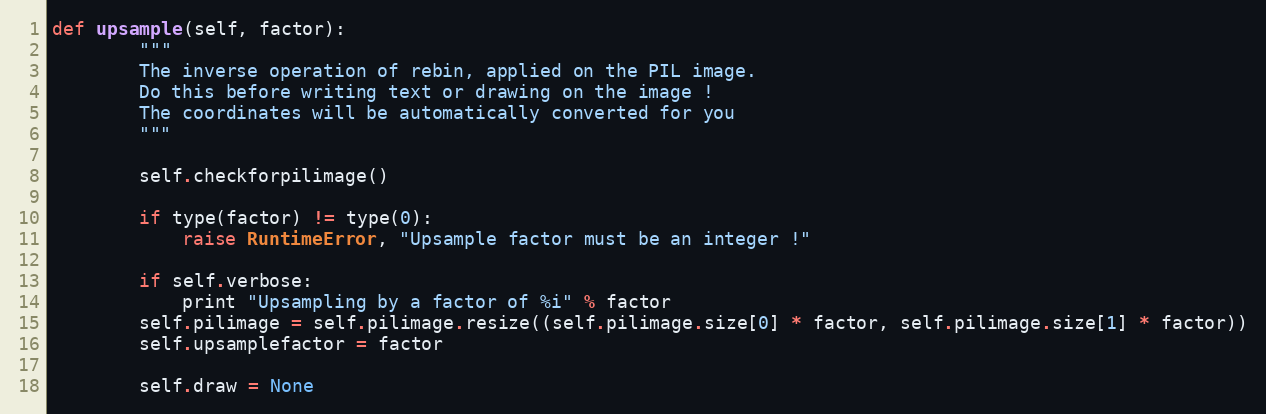
Language: Python
def upsample(self, factor):
        """
        The inverse operation of rebin, applied on the PIL image.
        Do this before writing text or drawing on the image !
        The coordinates will be automatically converted for you
        """

        self.checkforpilimage()

        if type(factor) != type(0):
            raise RuntimeError, "Upsample factor must be an integer !"

        if self.verbose:
            print "Upsampling by a factor of %i" % factor
        self.pilimage = self.pilimage.resize((self.pilimage.size[0] * factor, self.pilimage.size[1] * factor))
        self.upsamplefactor = factor

        self.draw = None